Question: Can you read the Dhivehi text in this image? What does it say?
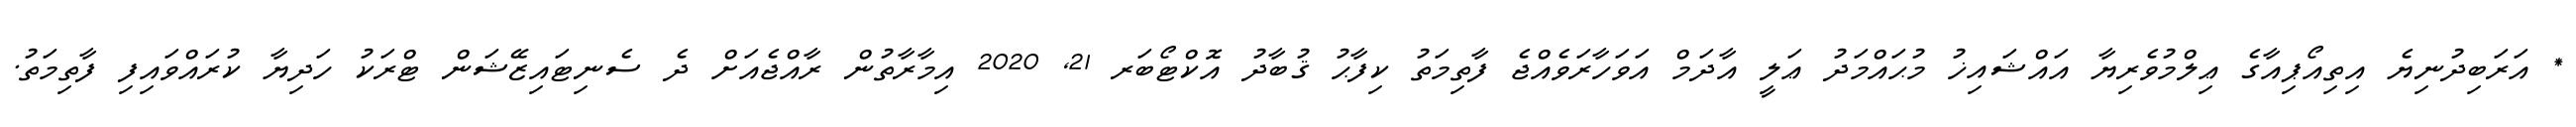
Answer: * އަރަބިދުނިޔެ އިތިއޯޕިއާގެ ޢިލްމުވެރިޔާ އައްޝައިޚު މުޙައްމަދު ޢަލީ އާދަމް އަވަހާރަވެއްޖެ ފާތިމަތު ކިފާޙު ޤުބާދު އޮކްޓޯބަރ 21, 2020 އިމާރާތުން ރާއްޖެއަށް ދެ ސެނިޓައިޒޭޝަން ޓްރަކު ހަދިޔާ ކުރައްވައިފި ފާތިމަތު.